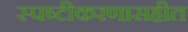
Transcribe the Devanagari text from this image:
स्पष्टीकरणासहीत